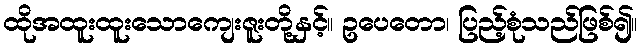
ထိုအထူးထူးသောကျေးဇူးတို့နှင့်။ ဥပေတော၊ ပြည့်စုံသည်ဖြစ်၍။